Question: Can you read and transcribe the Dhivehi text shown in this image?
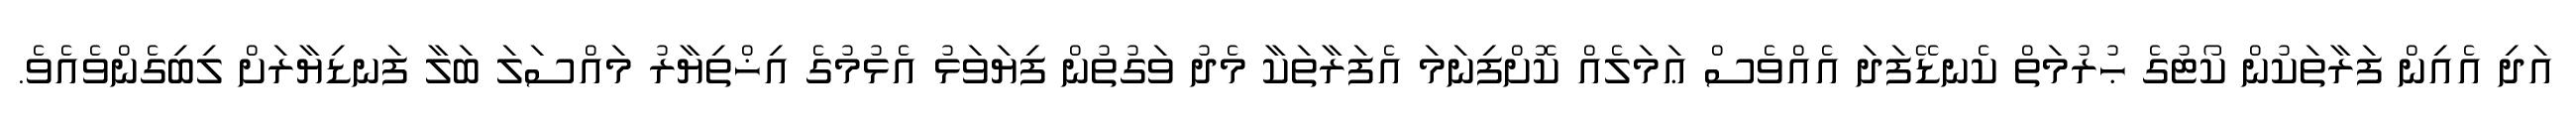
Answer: އަދި އެއިން ފަރާތަކުން ކޯޓުގެ ޙުރުމަތް ކެނޑޭފަދަ އެއްވެސް ޢަމަލެއް ކޮށްފިނަމަ އެފަރާތަކާ މެދު ވަގުތުން ފިޔަވަޅު އެޅުމުގެ އިޚްތިޔާރު މައްސަލަ ބަލާ ފަނޑިޔާރަށް ލިބިގެންވެއެވެ.